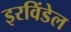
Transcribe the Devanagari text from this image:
इरविंडेल